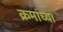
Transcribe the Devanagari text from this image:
क्रमांच्या